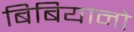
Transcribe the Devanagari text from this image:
बिबियानो